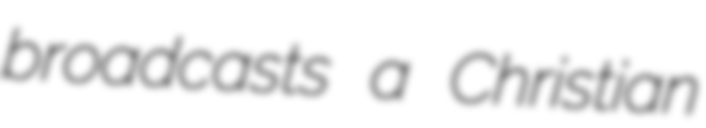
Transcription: broadcasts a Christian